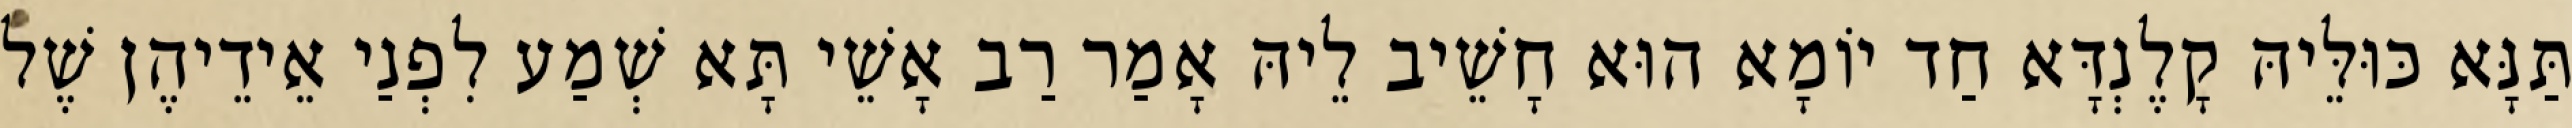
תַּנָּא כּוּלֵּיהּ קָלֶנְדָּא חַד יוֹמָא הוּא חָשֵׁיב לֵיהּ אָמַר רַב אָשֵׁי תָּא שְׁמַע לִפְנַי אֵידֵיהֶן שֶׁל